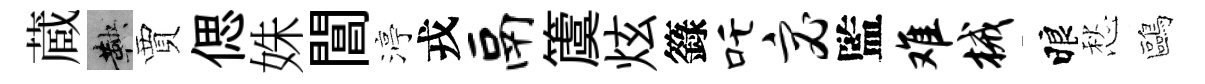
蔵鞅賈偲姝閶渟戎鬲𥵂炫籙吒宓監难械睱愁鷗